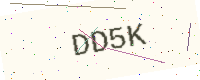
Text: DD5K